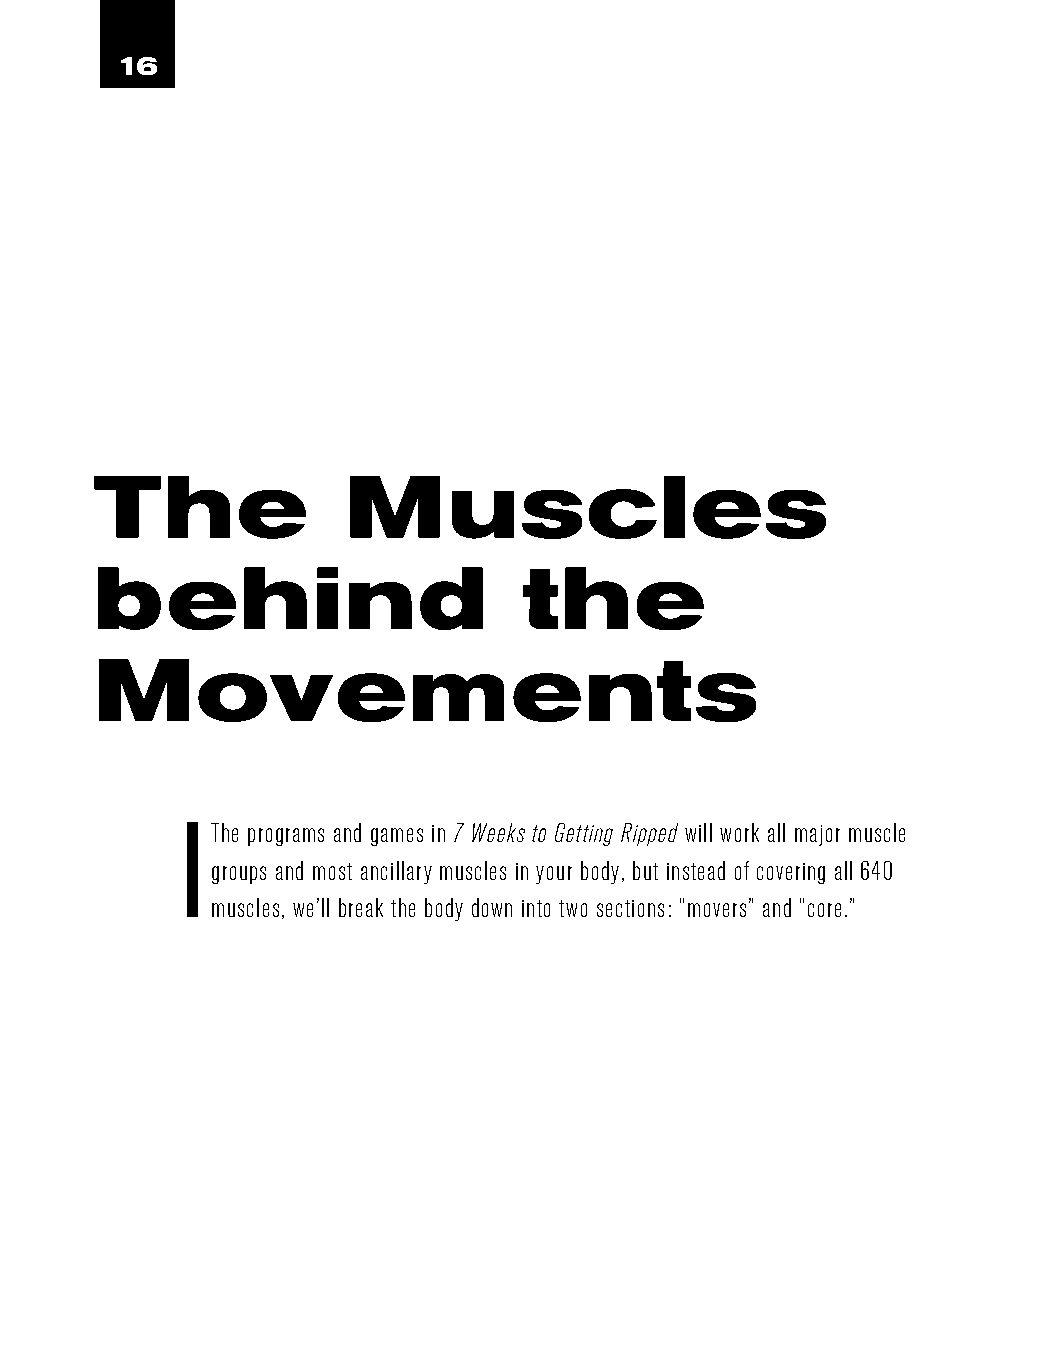
16
 The              Muscles
 behind                       the
 Movements
 The programs and games in 7 Weeks to Getting Ripped will work all major muscle
 groups and most ancillary muscles in your body, but instead of covering all 640
 muscles, we’ll break the body down into two sections: “movers” and “core.”